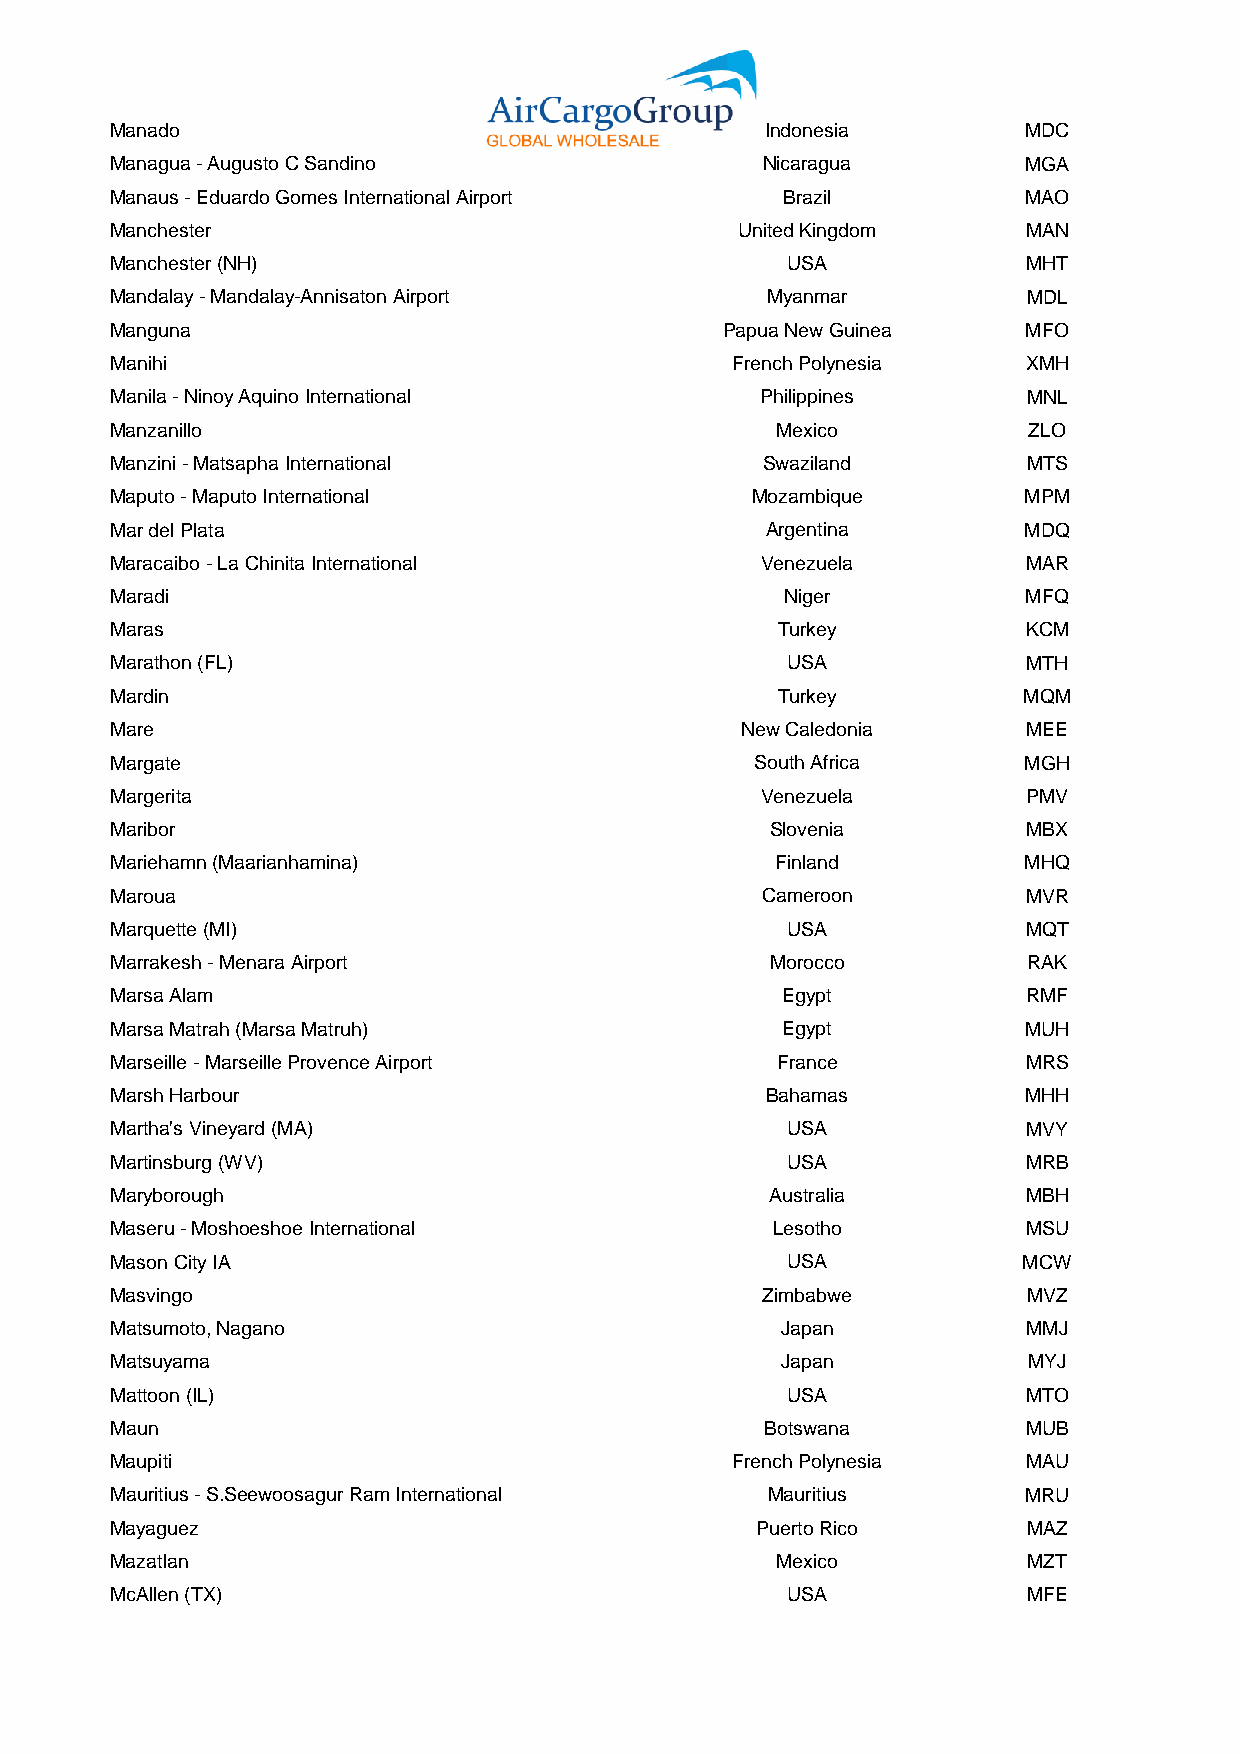
Manado                                      Indonesia        MDC
 Managua - Augusto C Sandino                Nicaragua         MGA
 Manaus - Eduardo Gomes International Airport Brazil          MAO
 Manchester                                United Kingdom     MAN
 Manchester (NH)                              USA             MHT
 Mandalay - Mandalay-Annisaton Airport       Myanmar          MDL
 Manguna                                  Papua New Guinea    MFO
 Manihi                                   French Polynesia    XMH
 Manila - Ninoy Aquino International        Philippines       MNL
 Manzanillo                                  Mexico           ZLO
 Manzini - Matsapha International           Swaziland         MTS
 Maputo - Maputo International              Mozambique        MPM
 Mar del Plata                               Argentina        MDQ
 Maracaibo - La Chinita International       Venezuela         MAR
 Maradi                                       Niger           MFQ
 Maras                                       Turkey           KCM
 Marathon (FL)                                USA             MTH
 Mardin                                      Turkey           MQM
 Mare                                      New Caledonia      MEE
 Margate                                    South Africa      MGH
 Margerita                                  Venezuela         PMV
 Maribor                                     Slovenia         MBX
 Mariehamn (Maarianhamina)                   Finland          MHQ
 Maroua                                     Cameroon          MVR
 Marquette (MI)                               USA             MQT
 Marrakesh - Menara Airport                  Morocco          RAK
 Marsa Alam                                   Egypt           RMF
 Marsa Matrah (Marsa Matruh)                  Egypt           MUH
 Marseille - Marseille Provence Airport      France           MRS
 Marsh Harbour                               Bahamas          MHH
 Martha's Vineyard (MA)                       USA             MVY
 Martinsburg (WV)                             USA             MRB
 Maryborough                                 Australia        MBH
 Maseru - Moshoeshoe International           Lesotho          MSU
 Mason City IA                                USA             MCW
 Masvingo                                   Zimbabwe          MVZ
 Matsumoto, Nagano                            Japan           MMJ
 Matsuyama                                    Japan           MYJ
 Mattoon (IL)                                 USA             MTO
 Maun                                        Botswana         MUB
 Maupiti                                  French Polynesia    MAU
 Mauritius - S.Seewoosagur Ram International Mauritius        MRU
 Mayaguez                                   Puerto Rico       MAZ
 Mazatlan                                    Mexico           MZT
 McAllen (TX)                                 USA             MFE